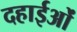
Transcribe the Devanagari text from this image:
दहाईओं